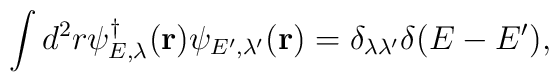
\displaystyle\int d^2r \psi^{\dag}_{E, \lambda} ({\bf r})\psi_{E',\lambda'} ({\bf r}) = \delta_{\lambda \lambda'} \delta (E -E'),